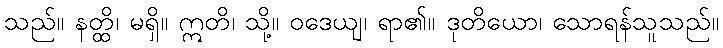
သည်။ နတ္ထိ၊ မရှိ။ ဣတိ၊ သို့။ ဝဒေယျ၊ ရာ၏။ ဒုတိယော၊ သောရန်သူသည်။